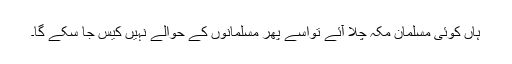
ہاں کوئی مسلمان مکہ چلا آئے تواسے پھر مسلمانوں کے حوالے نہیں کیس جا سکے گا۔